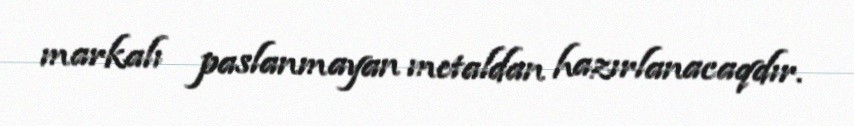
markalı paslanmayan metaldan hazırlanacaqdır.